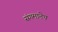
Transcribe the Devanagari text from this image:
संगमानेच